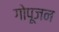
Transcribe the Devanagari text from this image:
गोपूजन